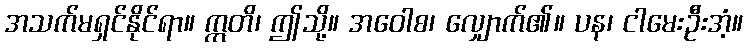
အသက်မရှင်နိုင်ရာ။ ဣတိ၊ ဤသို့။ အဝေါစ၊ လျှောက်၏။ ပန၊ ငါမေးဦးအံ့။